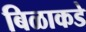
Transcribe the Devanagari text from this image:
बिळाकडे